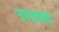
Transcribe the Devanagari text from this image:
उपजातच